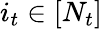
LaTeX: i_{t}\in[N_{t}]